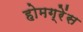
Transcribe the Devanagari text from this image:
होमग्रेंस